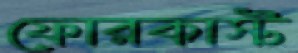
ফোরকাস্ট